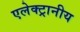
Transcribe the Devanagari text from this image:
एलेक्ट्रानीय